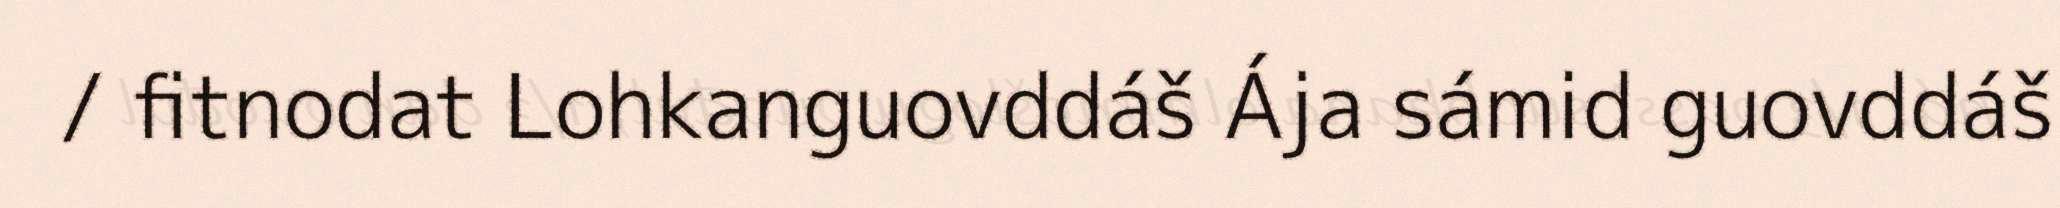
/ fitnodat Lohkanguovddáš Ája sámid guovddáš